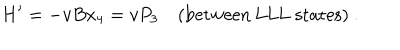
LaTeX: H ^ { \prime } = - v B x _ { 4 } = v P _ { 3 } \quad ( \mathrm { b e t w e e n ~ L L L ~ s t a t e s } ) \ .